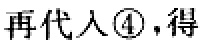
再代入\textcircled{4}，得